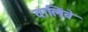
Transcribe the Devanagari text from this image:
वालिंबे